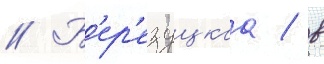
// Б'ер'езуцкаа / в